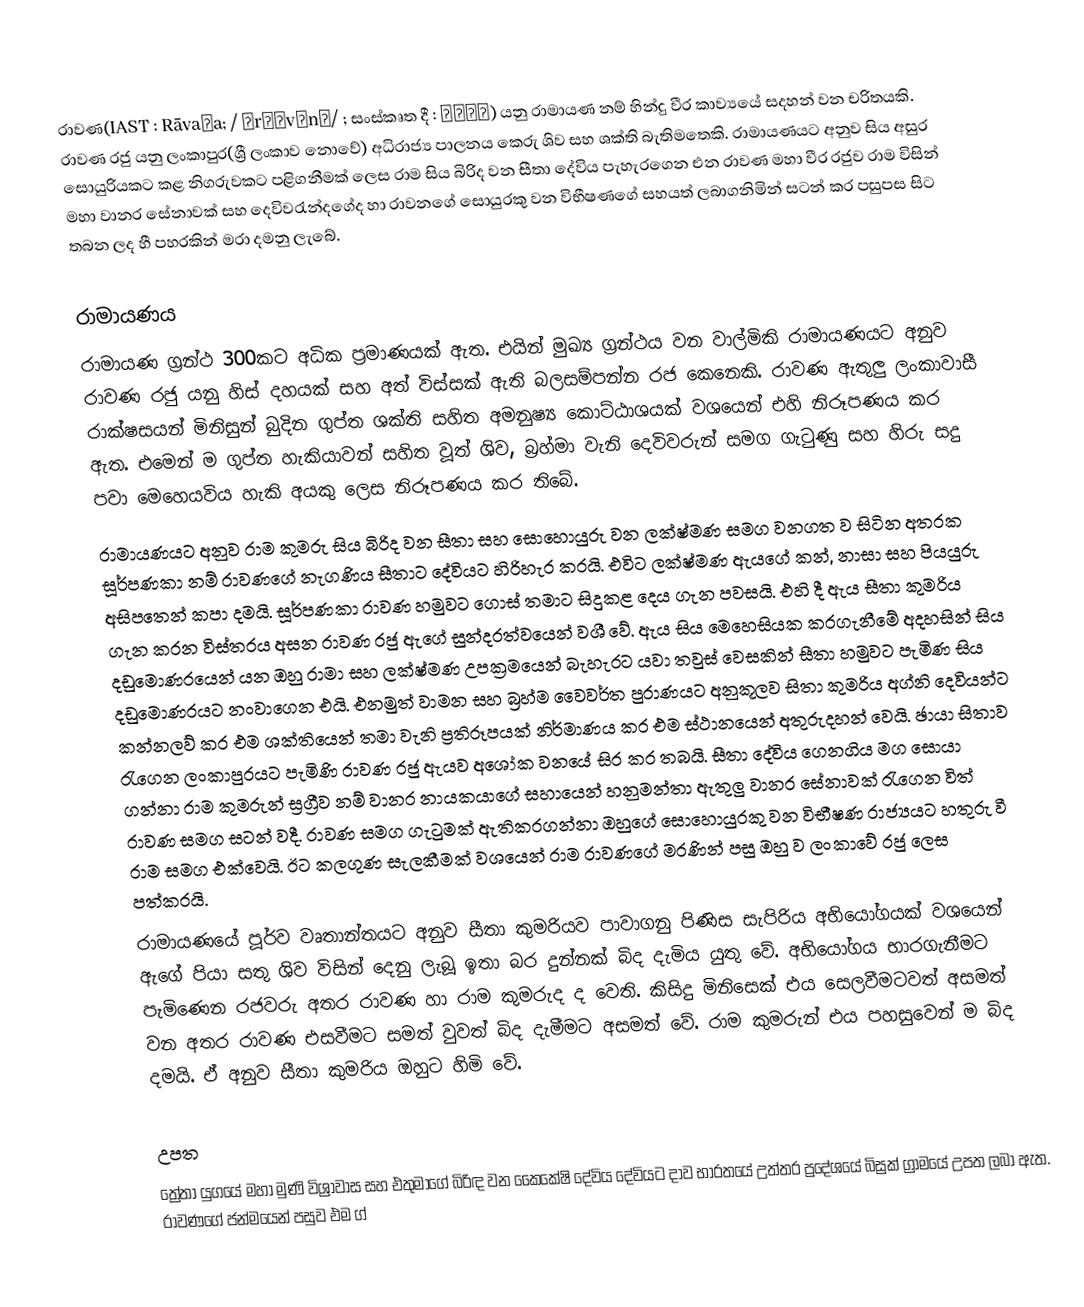
රාවණ(IAST : Rāvaṇa; / ˈrɑːvənə/ ; සංස්කෘත දී : रावण) යනු රාමායණ නම් හින්දු වීර කාව්‍යයේ සදහන් වන චරිතයකි. රාවණ රජු යනු ලංකාපුර(ශ්‍රී ලංකාව නොවේ) අධිරාජ්‍ය පාලනය කෙරු ශිව සහ ශක්ති බැතිමතෙකි. රාමායණයට අනුව සිය අසුර සොයුරියකට කළ නිගරුවකට පළිගනීමක් ලෙස රාම සිය බිරිද වන සීතා දේවිය පැහැරගෙන එන රාවණ මහා වීර රජුව රාම විසින් මහා වානර සේනාවක් සහ දෙවිවරැන්දගේද හා රාවනගේ සොයුරකු වන විභීෂණගේ සහයත් ලබාගනිමින් සටන් කර පසුපස සිට තබන ලද හී පහරකින්  මරා දමනු ලැබේ.

රාමායණය
රාමායණ ග්‍රන්ථ 300කට අධික ප්‍රමාණයක් ඇත. එයින් මුඛ්‍ය ග්‍රන්ථය වන වාල්මිකි රාමායණයට අනුව රාවණ රජු යනු හිස් දහයක් සහ අත් විස්සක් ඇති බලසම්පන්න රජ කෙනෙකි. රාවණ ඇතුලු ලංකාවාසී රාක්ෂසයන් මිනිසුන් බුදින ගුප්ත ශක්ති සහිත අමනුෂ්‍ය කොට්ඨාශයක් වශයෙන් එහි නිරූපණය කර ඇත. එමෙන් ම ගුප්ත හැකියාවන් සහිත වූත් ශිව, බ්‍රහ්මා වැනි දෙවිවරුන් සමග ගැටුණු සහ හිරු සදු පවා මෙහෙයවිය හැකි අයකු ලෙස නිරූපණය කර තිබේ.
රාමායණයට අනුව රාම කුමරු සිය බිරිද වන සීතා සහ සොහොයුරු වන ලක්ෂ්මණ සමග වනගත ව සිටින අතරක සූර්පණකා නම් රාවණගේ නැගණිය සීතාට දේවියට හිරිහැර කරයි. එවිට ලක්ෂ්මණ ඇයගේ කන්, නාසා සහ පියයුරු අසිපතෙන් කපා දමයි. සූර්පණකා රාවණ හමුවට ගොස් තමාට සිදුකළ දෙය ගැන පවසයි. එහි දී ඇය සීතා කුමරිය ගැන කරන විස්තරය අසන රාවණ රජු ඇගේ සුන්දරත්වයෙන් වශී වේ. ඇය සිය මෙහෙසියක කරගැනීමේ අදහසින් සිය දඩුමොණරයෙන් යන ඔහු රාමා සහ ලක්ෂ්මණ උපක්‍රමයෙන් බැහැරට යවා තවුස් වෙසකින් සීතා හමුවට පැමිණ සිය දඩුමොණරයට නංවාගෙන එයි. එනමුත් වාමන සහ බ්‍රහ්ම වෛවර්ත පුරාණයට අනුකූලව සිතා කුමරිය අග්නි දෙවියන්ට කන්නලව් කර එම ශක්තියෙන් තමා වැනි ප්‍රතිරූපයක් නිර්මාණය කර එම ස්ථානයෙන් අතුරුදහන් වෙයි. ඡායා සිතාව රැගෙන ලංකාපුරයට පැමිණි රාවණ රජු ඇයව අශෝක වනයේ සිර කර තබයි. සීතා දේවිය ගෙනගිය මග සොයා ගන්නා රාම කුමරුන් ස්‍රග්‍රීව නම් වානර නායකයාගේ සහායෙන් හනුමන්තා ඇතුලු වානර සේනාවක් රැගෙන විත් රාවණ සමග සටන් වදී. රාවණ සමග ගැටුමක් ඇතිකරගන්නා ඔහුගේ සොහොයුරකු වන විභීෂණ රාජ්‍යයට හතුරු වී රාම සමග එක්වෙයි. ඊට කලගුණ සැලකීමක් වශයෙන් රාම රාවණගේ මරණින් පසු ඔහු ව ලංකාවේ රජු ලෙස පත්කරයි.
රාමායණයේ පූර්ව වෘතාන්තයට අනුව සීතා කුමරියව පාවාගනු පිණිස සැපිරිය අභියෝගයක් වශයෙන් ඇගේ පියා සතු ශිව විසින් දෙනු ලැබූ ඉතා බර දුන්නක් බිද දැමිය යුතු වේ. අභියෝගය භාරගැනීමට පැමිණෙන රජවරු අතර රාවණ හා රාම කුමරුද ද වෙති. කිසිදු මිනිසෙක් එය සෙලවීමටවත් අසමත් වන අතර රාවණ එසවීමට සමත් වුවත් බිද දැමීමට අසමත් වේ. රාම කුමරුන් එය පහසුවෙන් ම බිද දමයි. ඒ අනුව සීතා කුමරිය ඔහුට හිමි වේ.

උපත
ත්‍රේතා යුගයේ මහා මුණි විශ්‍රාවාස සහ එතුමාගේ බිරිඳ වන කෛකේෂි දේවිය දේවියට දාව භාරතයේ උත්තර ප්‍රදේශයේ බිස්‍රක් ග්‍රාමයේ උපත ලබා ඇත. රාවණගේ ජන්මයෙන් පසුව එම ග්